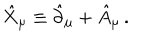
\hat { X } _ { \mu } \equiv \hat { \partial } _ { \mu } + \hat { A } _ { \mu } \, .